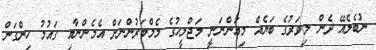
ނުބެލެއޭ ދެން މިވަރުގެ ބަޔެއް މިއަންނަނީ މަޖްލީހުގެ މެމްބަރުންނަށް އެމެންނާއި ގައުމު ހިންގަން